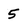
Character: 5